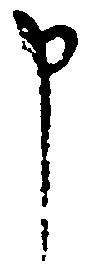
申